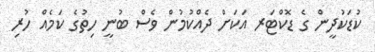
ކުޑަކުދީން ގެ ޑޮކްޓަރ އަކަށް ދެއްކުމުން ވެސް ބުނީ ހިތުގެ ކަމެއް ހުރި